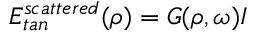
E _ { t a n } ^ { s c a t t e r e d } ( \rho ) = G ( \rho , \omega ) I